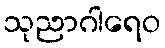
သုညာဂါရေဝ